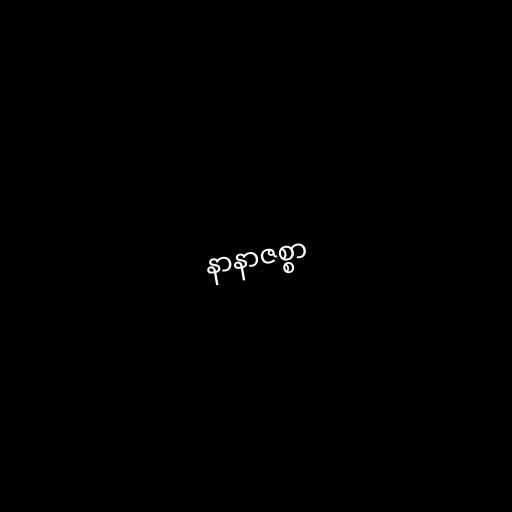
နာနာဇစ္စာ